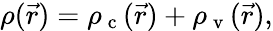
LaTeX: \rho(\vec{r})=\rho_{\mathrm{~c~}}(\vec{r})+\rho_{\mathrm{~v~}}(\vec{r}),